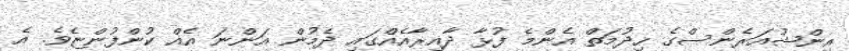
އިންޝުއަރެންސްގެ ހިދުމަތް އެންމެ ފުޅާ ދާއިރާއެއްގައި ދެމުން އަންނަ އެއް ކުންފުންޏެވެ. އެ